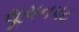
સૂચનપટ